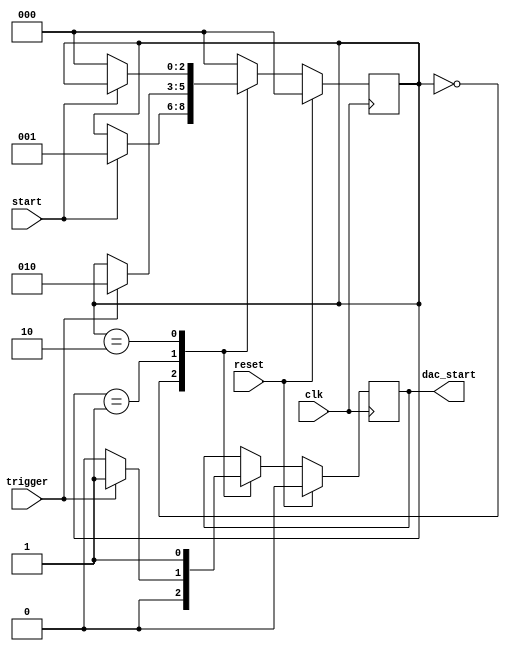
`timescale 1ns / 1ps
//////////////////////////////////////////////////////////////////////////////////
// Company: 		Yale
// 
// Design Name: 	 LCMS2010 Verilog Rev A
// Module Name:    cds_strobe_geberator 
// Project Name:   LCMS2010 Verilog Rev A
// Target Devices: XEM6010
// Tool versions:  Xilinx ISE 13.1
// Description:    creates the dac_start signal after start is pressed and the trigger is found, dac_start goes high.
//                 Expected use: when the user clicks start button, wait for next reset to trigger and then set dac_start high
// Dependencies:   none
//
// Revision: 
// Revision 0.01 - File Created
// Additional Comments: 
//
//////////////////////////////////////////////////////////////////////////////////
module dac_start_generator(
    input clk,			   //dac clock expected
    input reset,		   //dac reset expected
	 input start,			//the start signal synced to dac clock expected
	 input trigger,	   //the trigger synced to dac clock to look for before setting dac_start high, usually the reset pulse (ie when integrator reset starts)
	 output dac_start		//this goes high when we are ready to write to the dac, aka just after the reset
    );

reg [0:2] state;

//parameter s_reset = 2'b00;
parameter s_wait_for_start			= 2'b00;
parameter s_wait_for_trig_high	= 2'b01;
parameter s_wait_for_stop 			= 2'b10;

reg dac_start_out;

assign dac_start = dac_start_out;

//always @ (posedge clk or posedge reset) begin

	always @ (posedge clk) begin //posedge because we are looking for the rising edge of the trigger 
		if (reset) begin
				dac_start_out <= 0;
				state <= s_wait_for_start;
		end
		else begin
			case(state)								
				s_wait_for_start : begin
								dac_start_out <= 0;
								if(1 == start) begin
									state <= s_wait_for_trig_high;
								end
							end
								
				s_wait_for_trig_high :	begin
								dac_start_out <= 0;
								if(1 == trigger) begin
									state <= s_wait_for_stop;
									dac_start_out <= 1;
								end
							end

				s_wait_for_stop : begin
								dac_start_out <= 1;
								if(0 == start) begin
									state <= s_wait_for_start;
								end
							end
							
				default: state <= s_wait_for_start;
				
			endcase
		end
	end
endmodule